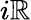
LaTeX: i\mathbb{R}